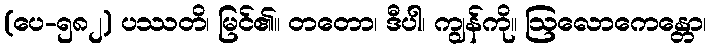
(ပေ-၅၈၂) ပဿတိ၊ မြင်၏။ တတော၊ ဒီပါ၊ ကျွန်ကို။ ဩလောကေန္တော၊